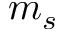
m _ { s }